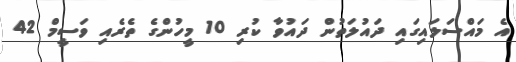
އެ މައްސަލައިގައި ދައުލަތުން ދައުވާ ކުރި 10 މީހުންގެ ތެރެއި ވަސީމް 42